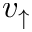
v _ { \uparrow }